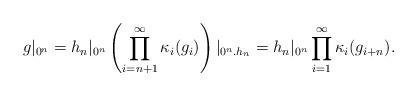
LaTeX: \begin{align*}g|_{0^n} = h_n|_{0^n} \left(\prod_{i = n+1}^{\infty} \kappa_i(g_i)\right)|_{0^n.h_n}= h_n|_{0^n} \prod_{i = 1}^{\infty} \kappa_i(g_{i+n}).\end{align*}